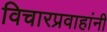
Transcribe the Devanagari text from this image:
विचारप्रवाहांनी